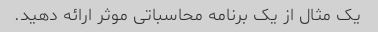
یک مثال از یک برنامه محاسباتی موثر ارائه دهید.